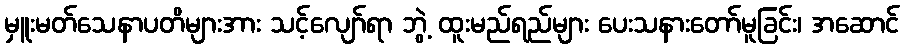
မှူးမတ်သေနာပတိများအား သင့်လျော်ရာ ဘွဲ့ ထူးမည်ရည်များ ပေးသနားတော်မူခြင်း၊ အဆောင်